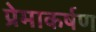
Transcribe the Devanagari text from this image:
प्रेमाकर्षण